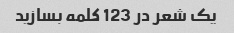
یک شعر در 123 کلمه بسازید